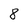
Character: 8